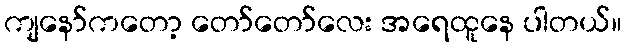
ကျနော်ကတော့ တော်တော်လေး အရေထူနေ ပါတယ်။